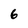
Character: 6